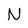
Character: N